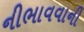
નીભાવવાની